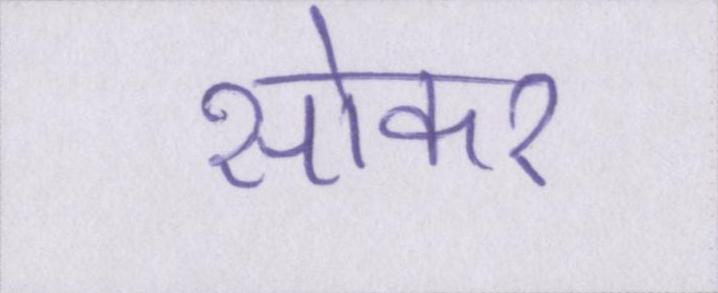
सोकर